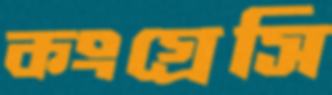
কংগ্রেসি